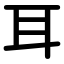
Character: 耳